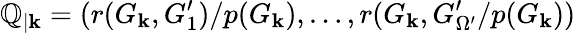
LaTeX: \mathbb{Q}_{|\mathbf{k}}=({r(G_{\mathbf{k}},G_{1}^{\prime})}/{p(G_{\mathbf{k}})},\dots,{r(G_{\mathbf{k}},G_{\Omega^{\prime}}^{\prime}}/{p(G_{\mathbf{k}})})